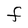
Character: f